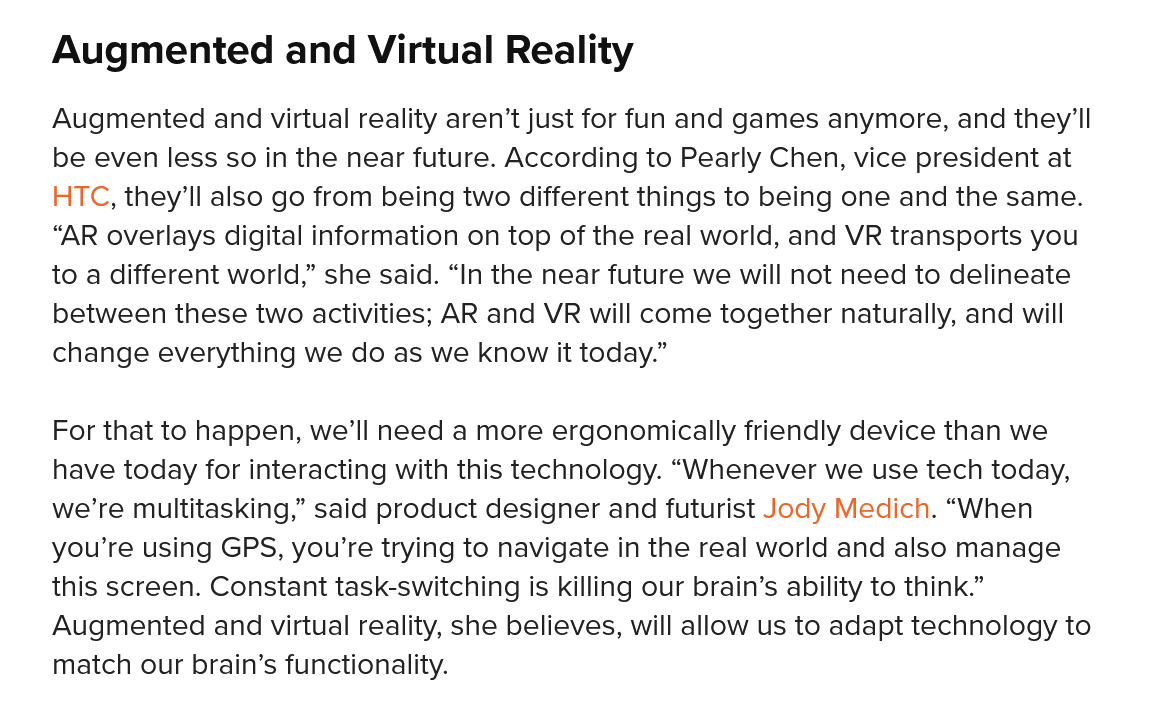
Augmented    and  Virtual  Reality
    For that to happen, we'll need a more ergonomically friendly device than we
    have today for interacting with this technology. “Whenever we use tech today,
    we’re multitasking,” said product designer and futurist Jody Medich. “When
    you’re using GPS, you're trying to navigate in the real world and also manage
    this screen. Constant task-switching is killing our brain’s ability to think.”
    Augmented  and virtual reality, she believes, will allow us to adapt technology to
    match our brain’s functionality.
    Augmented  and virtual reality aren’t just for fun and games anymore, and they'll
    be even less so in the near future. According to Pearly Chen, vice president at
    HTC, they'll also go from being two different things to being one and the same.
    “AR overlays digital information on top of the real world, and VR transports you
    to a different world,” she said. “In the near future we will not need to delineate
    between these two activities; AR and VR will come together naturally, and will
    change everything we do as we know it today.”